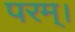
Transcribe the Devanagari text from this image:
परम्‌।